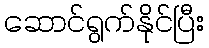
ဆောင်ရွက်နိုင်ပြီး